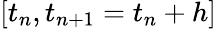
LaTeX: [t_{n},t_{n+1}=t_{n}+h]